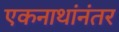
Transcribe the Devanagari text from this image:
एकनाथांनंतर